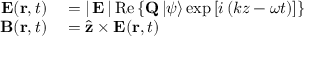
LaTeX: \begin{array} { r l } { \mathbf { E } ( \mathbf { r } , t ) } & { { } = \left| \, \mathbf { E } \, \right| \mathrm { R e } \left\{ \mathbf { Q } \left| \psi \right\rangle \exp \left[ i \left( k z - \omega t \right) \right] \right\} } \\ { \mathbf { B } ( \mathbf { r } , t ) } & { { } = { \hat { \mathbf { z } } } \times \mathbf { E } ( \mathbf { r } , t ) } \end{array}